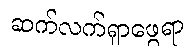
ဆက်လက်ရှာဖွေရာ